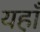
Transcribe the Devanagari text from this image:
यहा़ँ